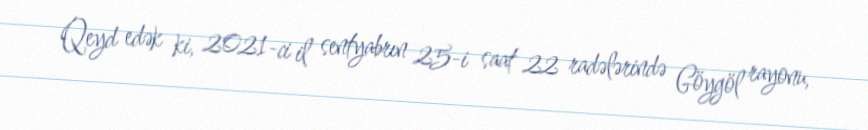
Qeyd edək ki, 2021-ci il sentyabrın 25-i saat 22 radələrində Göygöl rayonu,